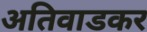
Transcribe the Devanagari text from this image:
अतिवाडकर